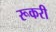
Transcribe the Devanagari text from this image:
रूकरी